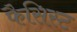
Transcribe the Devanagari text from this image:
फैसिस्ट